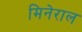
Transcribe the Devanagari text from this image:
मिनेराल